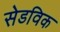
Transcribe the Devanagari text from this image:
सेडविक